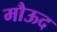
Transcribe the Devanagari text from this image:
मौऊद